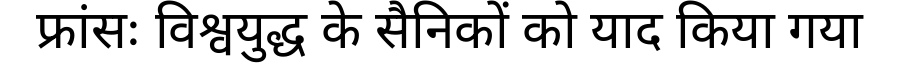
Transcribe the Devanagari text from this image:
फ्रांसः विश्वयुद्ध के सैनिकों को याद किया गया